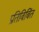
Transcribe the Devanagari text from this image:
प्रतिबिबिंत